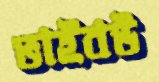
ভাইবউ